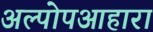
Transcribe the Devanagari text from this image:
अल्पोपआहारा